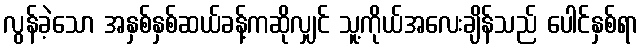
လွန်ခဲ့သော အနှစ်နှစ်ဆယ်ခန့်ကဆိုလျှင် သူ့ကိုယ်အလေးချိန်သည် ပေါင်နှစ်ရာ